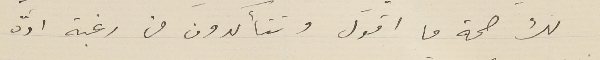
لك صحة ما اقول وتتأكدون من رغبة ادّه